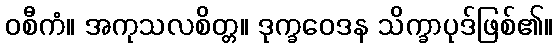
ဝစီကံ။ အကုသလစိတ္တ။ ဒုက္ခဝေဒန သိက္ခာပုဒ်ဖြစ်၏။